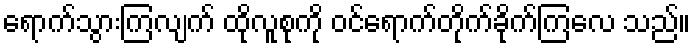
ရောက်သွားကြလျက် ထိုလူစုကို ဝင်ရောက်တိုက်ခိုက်ကြလေ သည်။